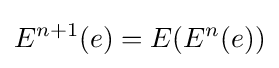
E^{n+1}(e)=E(E^{n}(e))